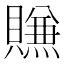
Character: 𰷖